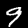
Digit: 9